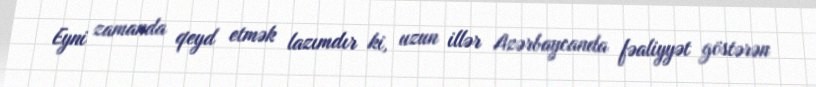
Eyni zamanda qeyd etmək lazımdır ki, uzun illər Azərbaycanda fəaliyyət göstərən